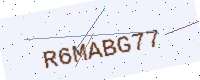
Text: R6MABG77